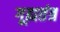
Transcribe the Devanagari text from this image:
गूह्यतंत्र